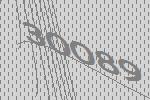
30089